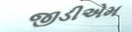
જીડીએમ